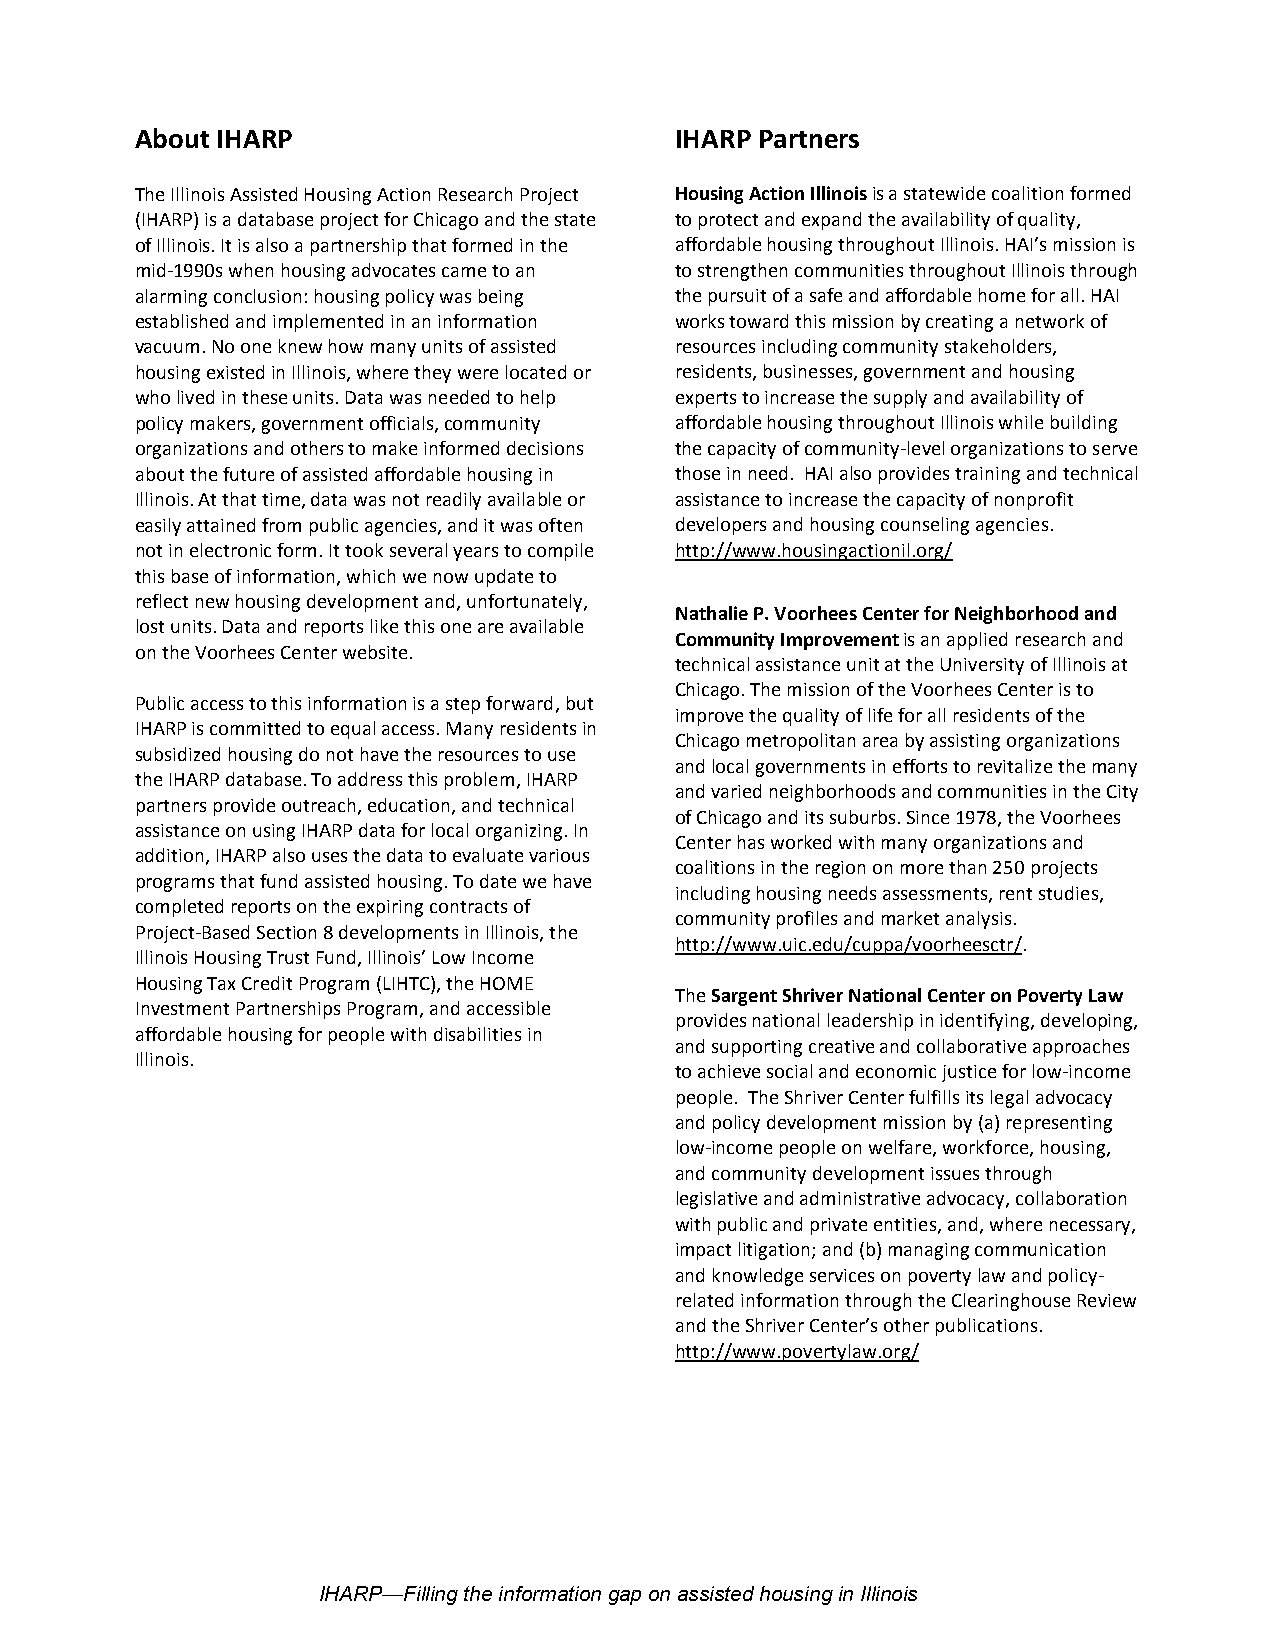
About IHARP                         IHARP Partners
 The Illinois Assisted Housing Action Research Project Housing Action Illinois is a statewide coalition formed
 (IHARP) is a database project for Chicago and the state to protect and expand the availability of quality,
 of Illinois. It is also a partnership that formed in the affordable housing throughout Illinois. HAI’s mission is
 mid-1990s when housing advocates came to an to strengthen communities throughout Illinois through
 alarming conclusion: housing policy was being the pursuit of a safe and affordable home for all. HAI
 established and implemented in an information works toward this mission by creating a network of
 vacuum. No one knew how many units of assisted resources including community stakeholders,
 housing existed in Illinois, where they were located or residents, businesses, government and housing
 who lived in these units. Data was needed to help experts to increase the supply and availability of
 policy makers, government officials, community affordable housing throughout Illinois while building
 organizations and others to make informed decisions the capacity of community-level organizations to serve
 about the future of assisted affordable housing in those in need. HAI also provides training and technical
 Illinois. At that time, data was not readily available or assistance to increase the capacity of nonprofit
 easily attained from public agencies, and it was often developers and housing counseling agencies.
 not in electronic form. It took several years to compile http://www.housingactionil.org/
 this base of information, which we now update to
 reflect new housing development and, unfortunately,
 Nathalie P. Voorhees Center for Neighborhood and
 lost units. Data and reports like this one are available
 Community Improvement is an applied research and
 on the Voorhees Center website.
 technical assistance unit at the University of Illinois at
 Chicago. The mission of the Voorhees Center is to
 Public access to this information is a step forward, but
 improve the quality of life for all residents of the
 IHARP is committed to equal access. Many residents in
 Chicago metropolitan area by assisting organizations
 subsidized housing do not have the resources to use
 and local governments in efforts to revitalize the many
 the IHARP database. To address this problem, IHARP
 and varied neighborhoods and communities in the City
 partners provide outreach, education, and technical
 of Chicago and its suburbs. Since 1978, the Voorhees
 assistance on using IHARP data for local organizing. In
 Center has worked with many organizations and
 addition, IHARP also uses the data to evaluate various
 coalitions in the region on more than 250 projects
 programs that fund assisted housing. To date we have
 including housing needs assessments, rent studies,
 completed reports on the expiring contracts of
 community profiles and market analysis.
 Project-Based Section 8 developments in Illinois, the
 http://www.uic.edu/cuppa/voorheesctr/.
 Illinois Housing Trust Fund, Illinois’ Low Income
 Housing Tax Credit Program (LIHTC), the HOME
 The Sargent Shriver National Center on Poverty Law
 Investment Partnerships Program, and accessible
 provides national leadership in identifying, developing,
 affordable housing for people with disabilities in
 and supporting creative and collaborative approaches
 Illinois.
 to achieve social and economic justice for low-income
 people. The Shriver Center fulfills its legal advocacy
 and policy development mission by (a) representing
 low-income people on welfare, workforce, housing,
 and community development issues through
 legislative and administrative advocacy, collaboration
 with public and private entities, and, where necessary,
 impact litigation; and (b) managing communication
 and knowledge services on poverty law and policy-
 related information through the Clearinghouse Review
 and the Shriver Center’s other publications.
 http://www.povertylaw.org/
 IHARP—Filling the information gap on assisted housing in Illinois